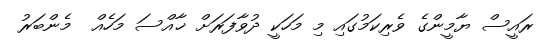
ރައީސް ޔާމީންގެ ވެރިކަމުގައި މި މަހަކީ ދުވާފަރަށް ޚާއްސަ މަހެއް  މެންބަރު